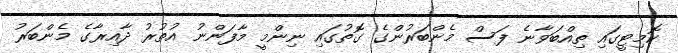
ކޮމިޓީގައި ތިއްބަވާނެ ފަސް މެންބަރުންގެ ގޮތުގައި ނިންމީ މާފަންނު އުތުރު ދާއިރާގެ މެންބަރު